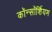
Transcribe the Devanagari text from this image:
कॉन्सॉर्शियम